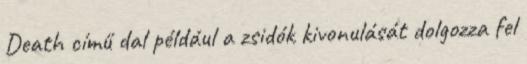
Death című dal például a zsidók kivonulását dolgozza fel